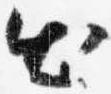
出